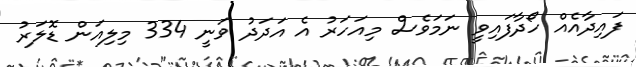
ފައިދާއެއް ހޯދާފައިވީ ނަމަވެސް މިއަހަރު އެ އަދަދު ވަނީ 334 މިލިއަން ޑޮލަރު